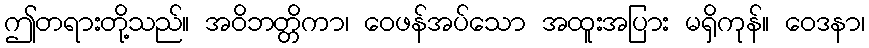
ဤတရားတို့သည်။ အဝိဘတ္တိကာ၊ ဝေဖန်အပ်သော အထူးအပြား မရှိကုန်။ ဝေဒနာ၊